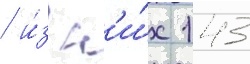
/ и́з н'и́х 143